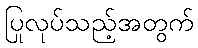
ပြုလုပ်သည့်အတွက်